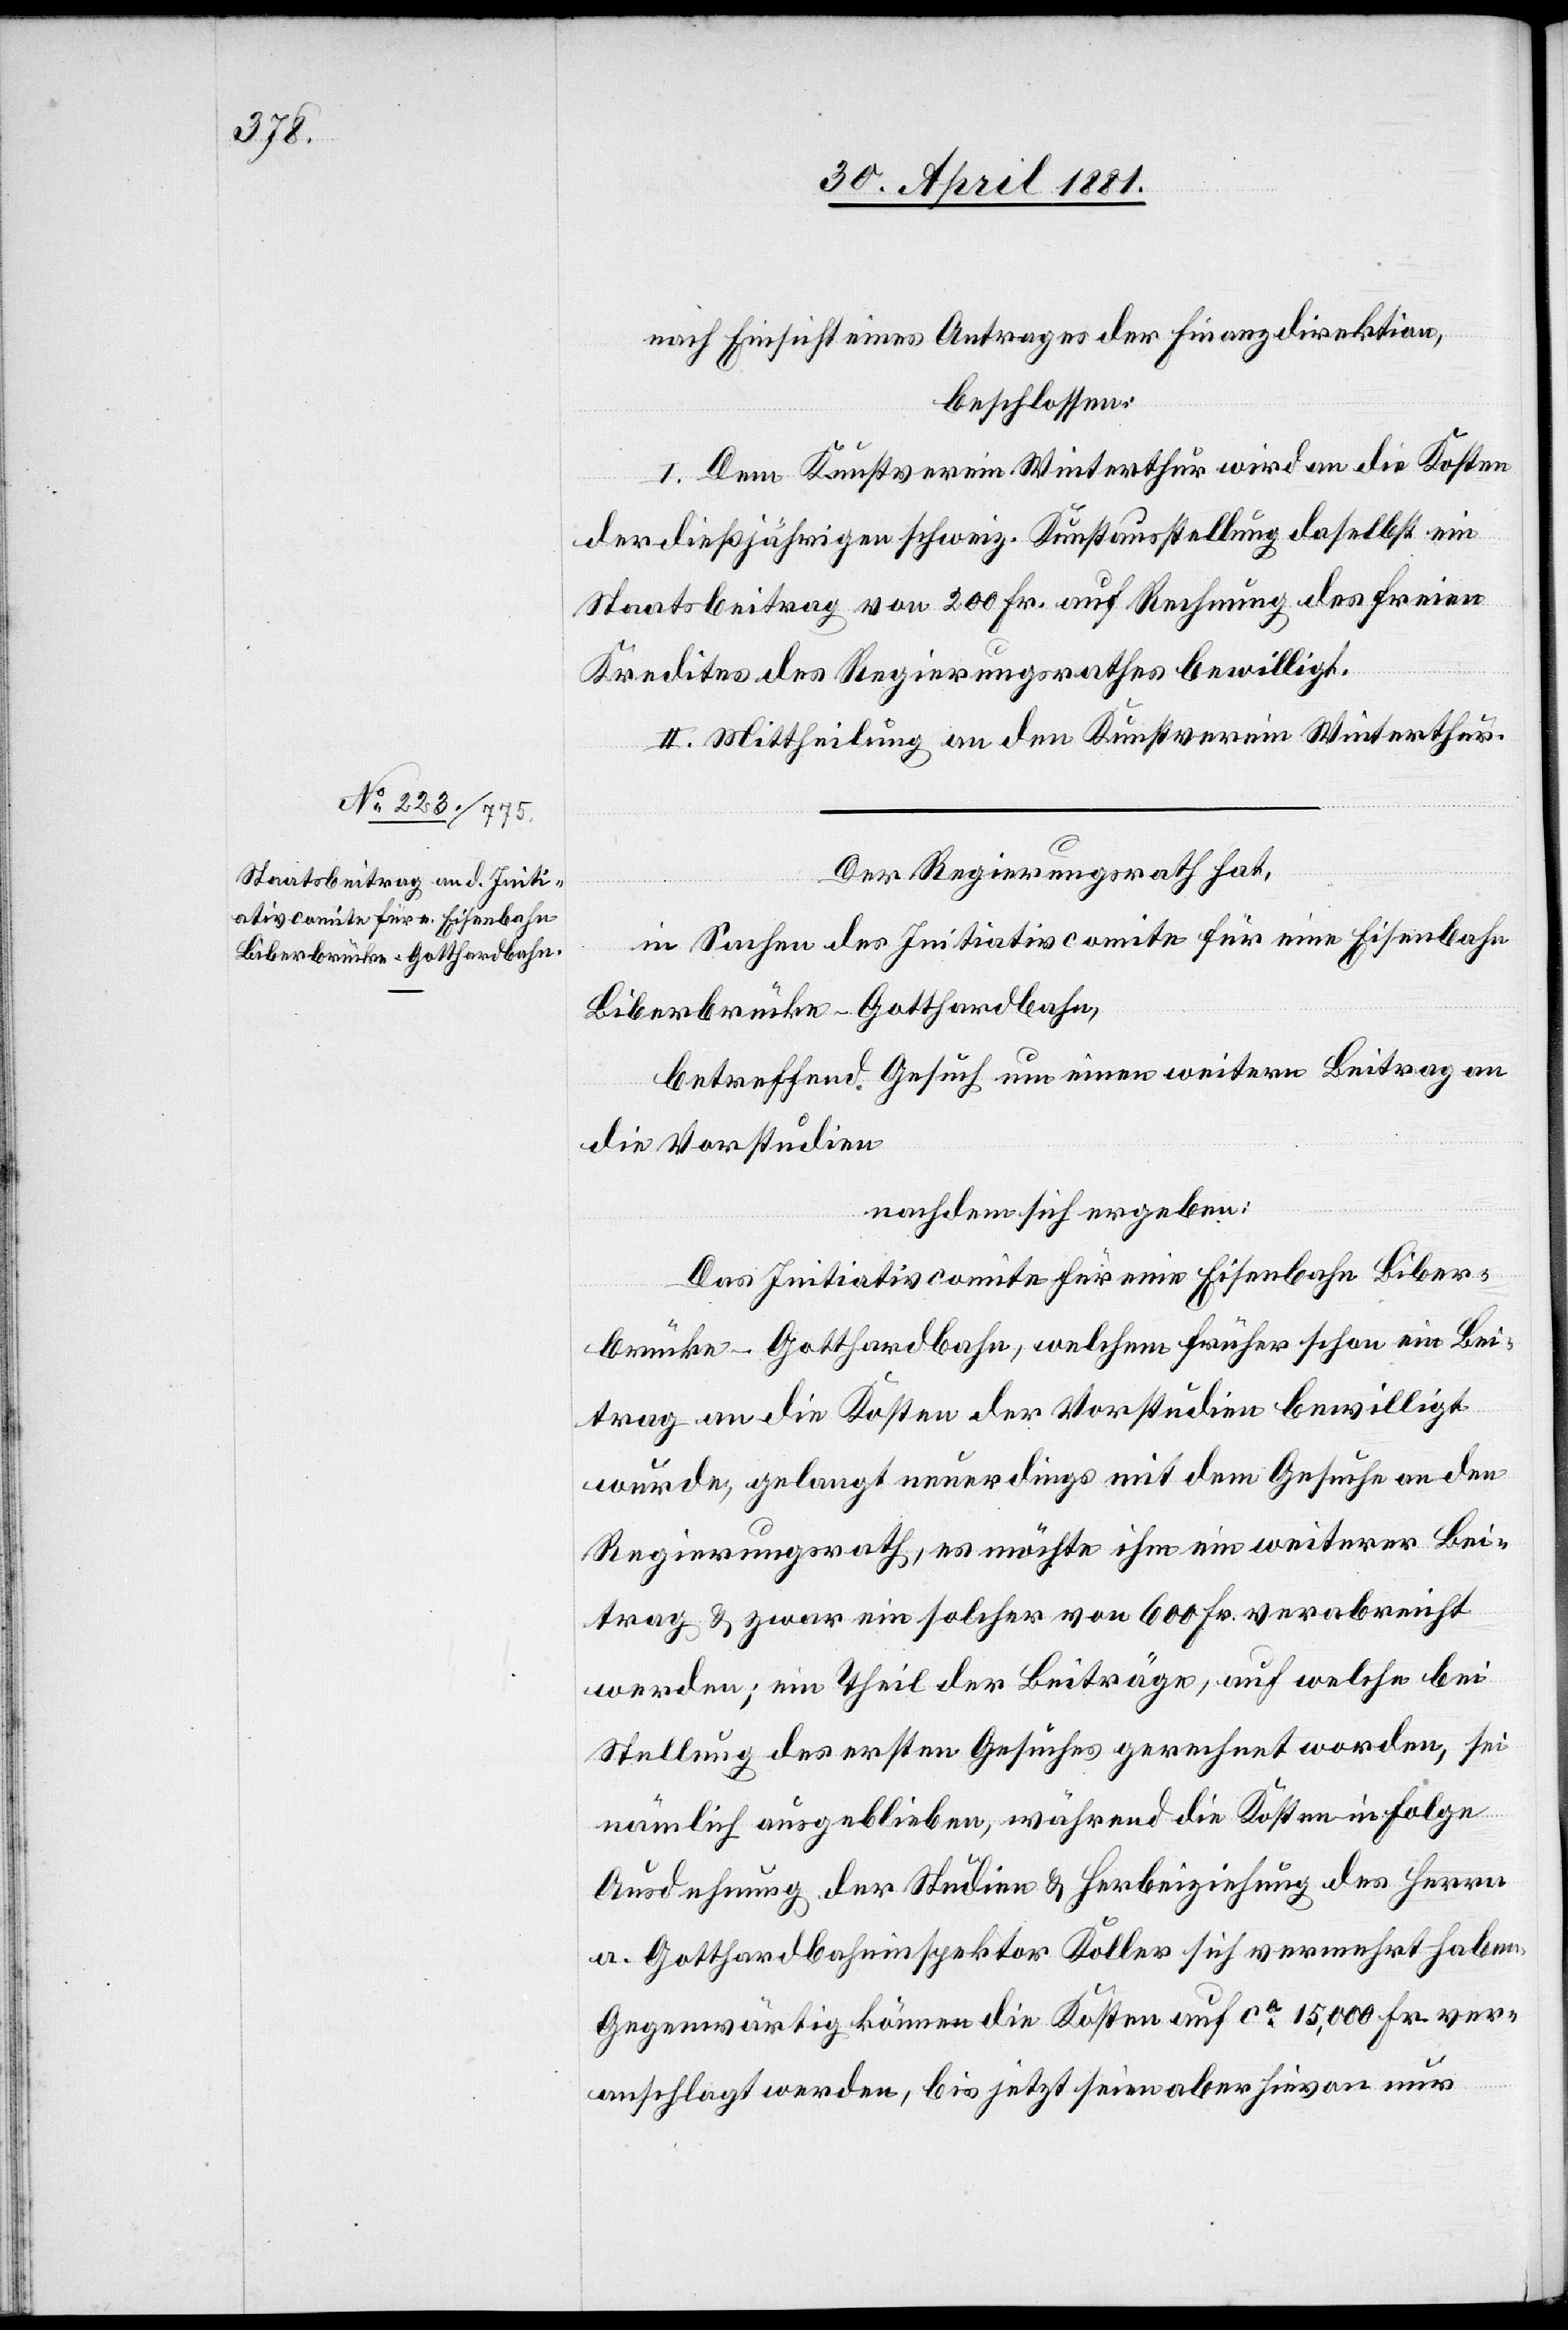
nach Einsicht eines Antrages der Finanzdirektion,
beschloßen:
I. Dem Kunstverein Winterthur wird an die Kosten
der dießjährigen schweiz. Kunstausstellung daselbst ein
Staatsbeitrag von 200 Fr. auf Rechnung des freien
Kredites des Regierungsrathes bewilligt.
II. Mittheilung an den Kunstverein Winterthur.
Der Regierungsrath hat,
in Sachen des Initiativcomite für eine Eisenbahn
Biberbrücke-Gotthardbahn,
betreffend Gesuch um einen weitern Beitrag an
die Vorstudien,
nachdem sich ergeben:
Das Initiativcomite für eine Eisenbahn Biber¬
brücke-Gotthardbahn, welchem früher schon ein Bei¬
trag an die Kosten der Vorstudien bewilligt
wurde, gelangt neuerdings mit dem Gesuche an den
Regierungsrath, es möchte ihm ein weiterer Bei¬
trag & zwar ein solcher von 600 Fr. verabreicht
werden; ein Theil der Beiträge, auf welche bei
Stellung des ersten Gesuchs gerechnet worden, sei
nämlich ausgeblieben, während die Kosten in Folge
Ausdehnung der Studien & Herbeiziehung des Herren
a. Gotthardbahninspektor Koller sich vermehrt haben
Gegenwärtig können die Kosten auf ca 15,000 Fr. ver¬
anschlagt werden, bis jetzt seien aber hievon nur